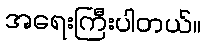
အရေးကြီးပါတယ်။